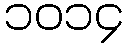
၁၀၁၄